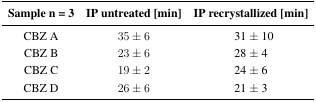
<table><thead><tr><td><b>Sample n = 3 </b></td><td><b>IP untreated [min] </b></td><td><b>IP recrystallized [min] </b></td></tr></thead><tbody><tr><td>CBZ A </td><td>35 ± 6 </td><td>31 ± 10 </td></tr><tr><td>CBZ B </td><td>23 ± 6 </td><td>28 ± 4 </td></tr><tr><td>CBZ C </td><td>19 ± 2 </td><td>24 ± 6 </td></tr><tr><td>CBZ D </td><td>26 ± 6 </td><td>21 ± 3 </td></tr></tbody></table>